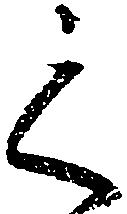
之